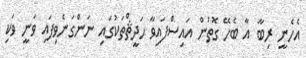
އެހެނީ ރިބާ އާ ބެހޭ ގޮތުން އައިސްފައިވާ ޙަދީޘްތަކުގައި ނަންގަނެވިފައި ވަނީ ވަކި